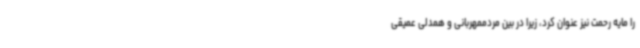
را مایه رحمت نیز عنوان کرد، زیرا در بین مردممهربانی و همدلی عمیقی